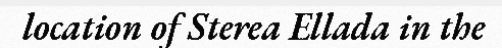
location of Sterea Ellada in the